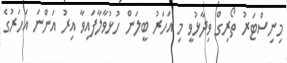
މިނިސްޓަރު ތޯރިގް ވިދާޅުވީ މި އަހަރު ބީލަން ހުޅުވާލާފައިވާ އިރު އަންނަ އަހަރުގެ